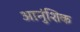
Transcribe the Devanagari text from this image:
आनुंशिक